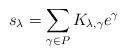
LaTeX: \begin{align*}s_{\lambda}=\sum_{\gamma\in P}K_{\lambda,\gamma}e^{\gamma}\end{align*}